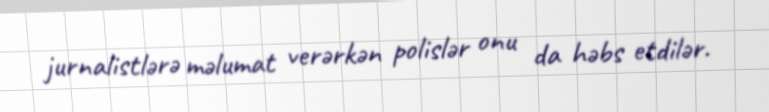
jurnalistlərə məlumat verərkən polislər onu da həbs etdilər.